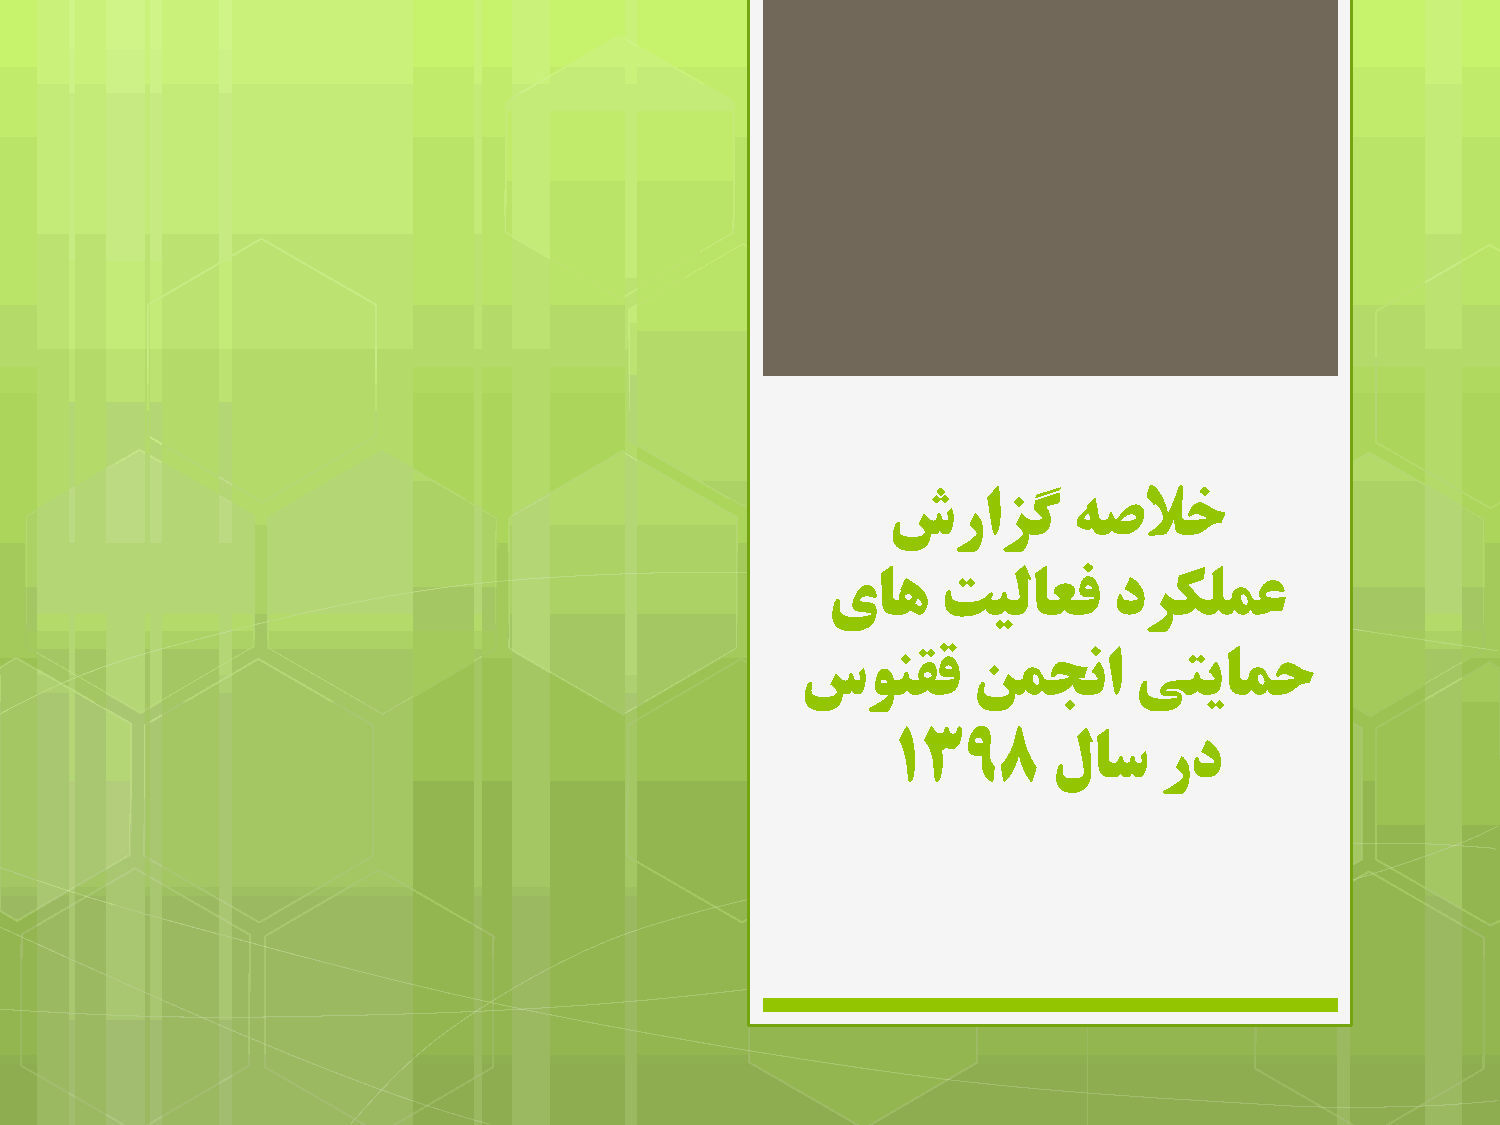
شراشگ       ٍصلاخ
 یاَ    تیلاعف      دزکلمع
 سًىقق      همجوا      یتیامح
 1398       لاس    رد